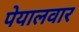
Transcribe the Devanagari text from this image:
पेयालवार